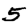
Digit: 5